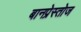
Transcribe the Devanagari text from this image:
बानप्रेस्तोज